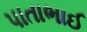
પાતાભાઈ